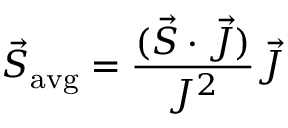
{ \vec { S } } _ { \mathrm { { a v g } } } = { \frac { ( { \vec { S } } \cdot { \vec { J } } ) } { J ^ { 2 } } } { \vec { J } }